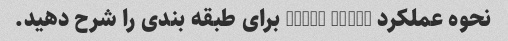
نحوه عملکرد Naive Bayes برای طبقه بندی را شرح دهید.